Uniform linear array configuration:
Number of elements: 32
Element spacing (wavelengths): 0.75
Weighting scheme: exponential
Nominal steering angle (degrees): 15
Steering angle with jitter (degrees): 15.677
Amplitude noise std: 0.05
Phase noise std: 0.05

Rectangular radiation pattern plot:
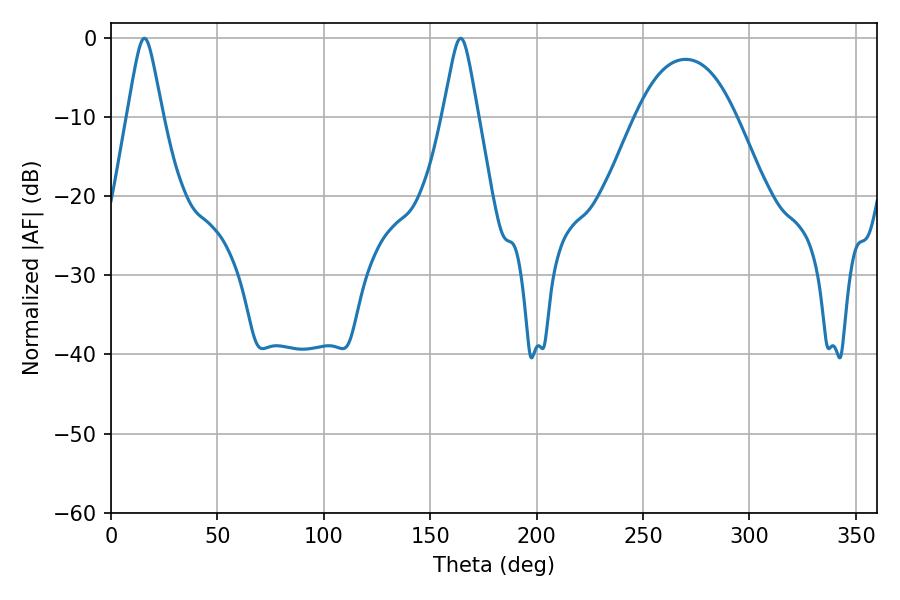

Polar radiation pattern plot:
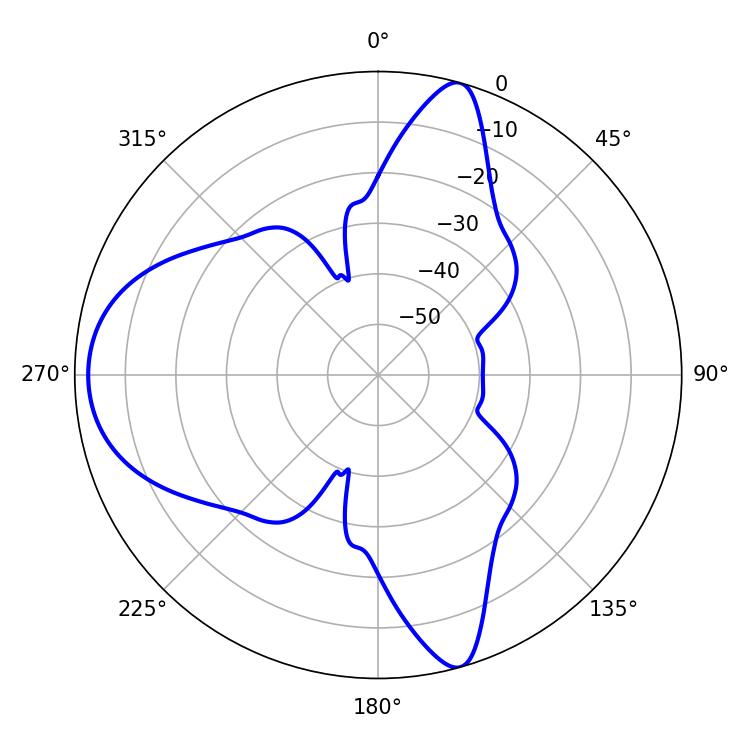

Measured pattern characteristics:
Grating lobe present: TRUE
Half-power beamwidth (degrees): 7.74
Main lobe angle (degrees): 15.66